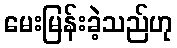
မေးမြန်းခဲ့သည်ဟု